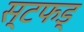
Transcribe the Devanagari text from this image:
स्टफड्